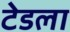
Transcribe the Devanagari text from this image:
टेडला